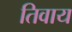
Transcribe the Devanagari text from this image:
तिवाय